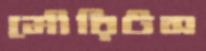
মৌরিটস